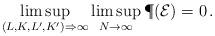
LaTeX: \begin{align*} \limsup_{(L,K,L',K') \Rightarrow \infty} \limsup_{N \rightarrow \infty } \P(\mathcal E) = 0\,.\end{align*}